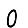
Digit: 0